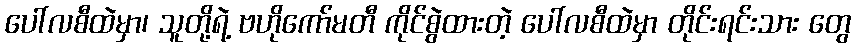
ပေါ်လစီထဲမှာ၊ သူတို့ရဲ့ ဗဟိုကော်မတီ ကိုင်စွဲထားတဲ့ ပေါ်လစီထဲမှာ တိုင်းရင်းသား တွေ